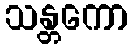
သန္တကော